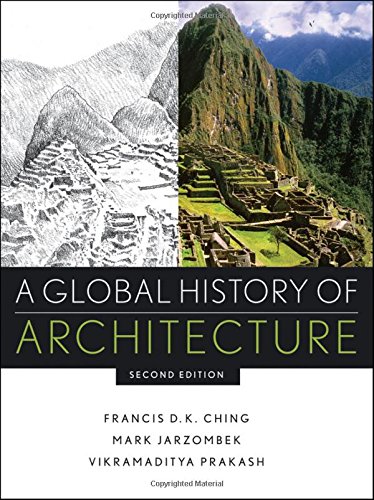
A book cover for A Global History of Architecture; Mark M. Jarzombek; Arts & Photography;